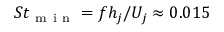
S t _ { \mathrm { ~ m ~ i ~ n ~ } } = f h _ { j } / U _ { j } \approx 0 . 0 1 5